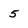
Character: 5